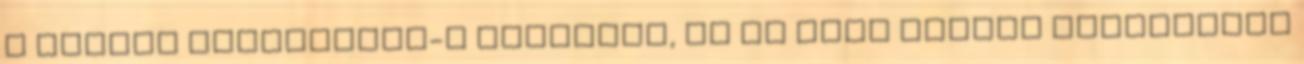
a Boston University-n tanított, és az Elie Wiesel Alapítvány